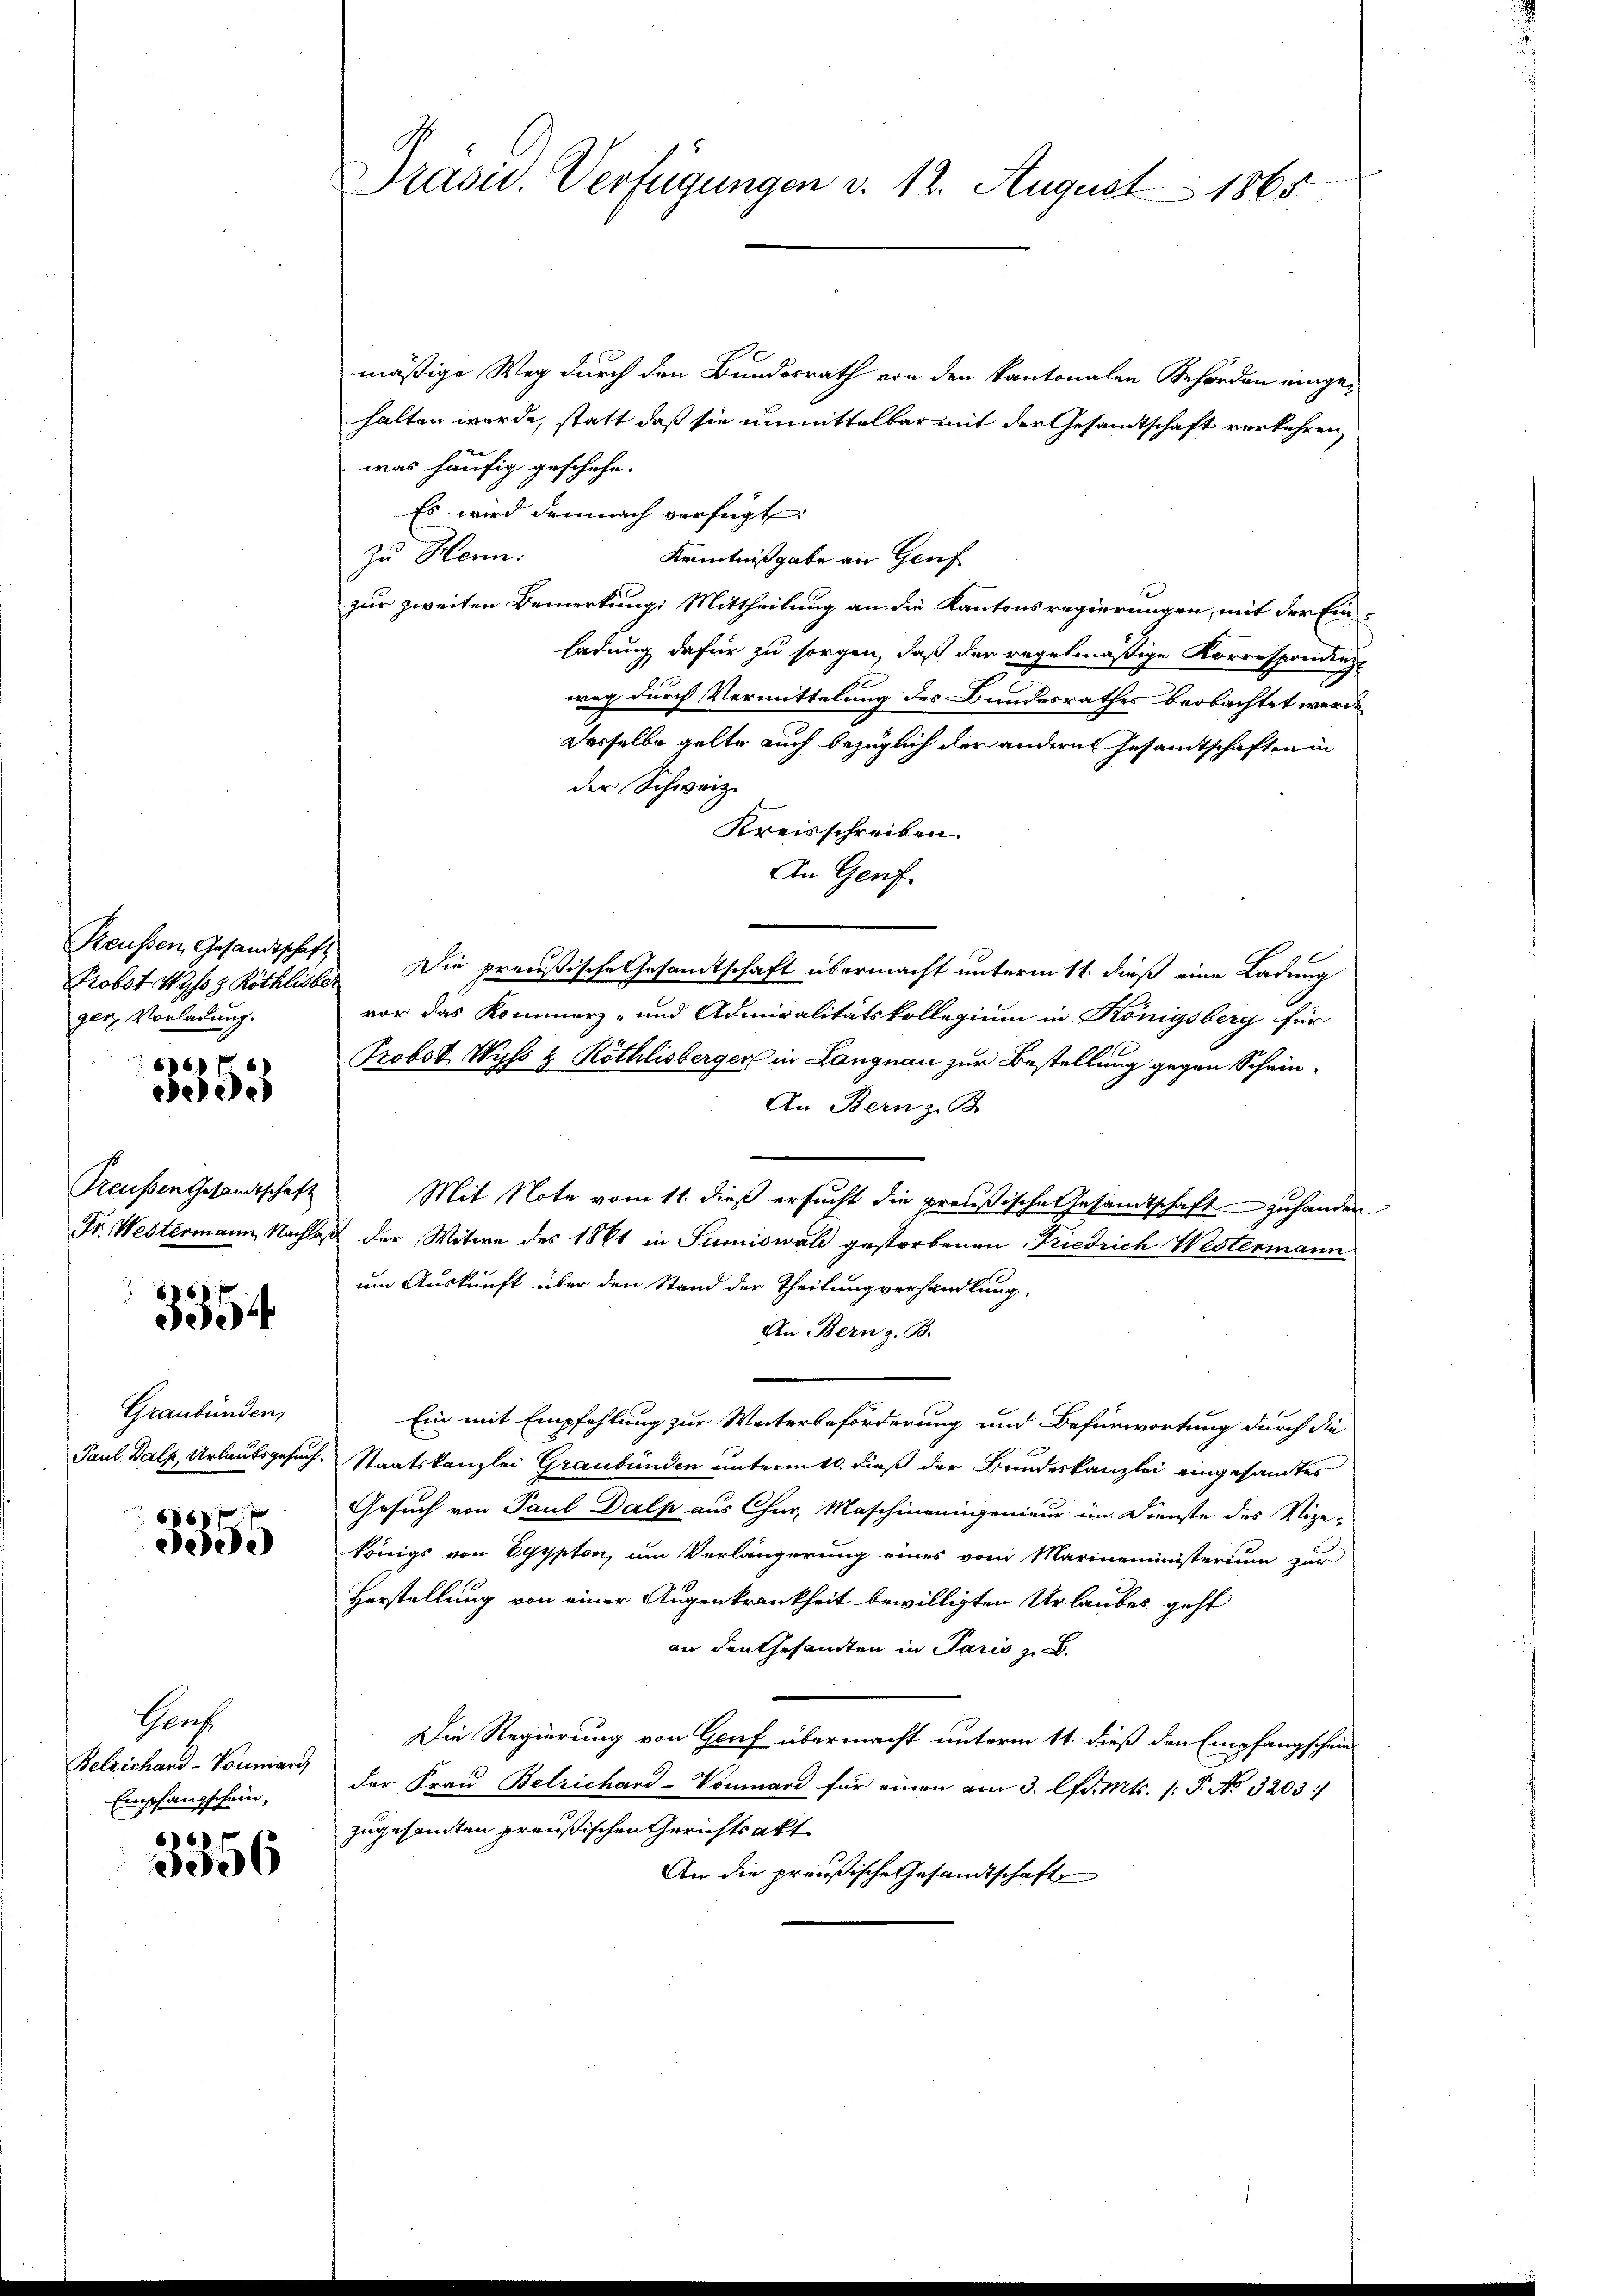
Probst Wyss z. Röthlisber
ger Vorladung.

560
e

Preußen Gesandtschaft

3354

Graubünden,
Paul Dalp, Urlaubsgesuch.

6869
0)

Prach
Belrichard-Voumar
Empfangschein,

3356

Präsid. Verfügungen d. 12. August 1865

mäßige Weg durch den Bundesrath von den kantonalen Behörden eingehalten werde, statt daß sie unmittelbar mit der Gesandtschaft verkehren,
was häufig geschehe.
Es wird demnach verfügt:
zu Henn:
Kenntnißgabe an Genf
zur zweiten Bemerkung: Mittheilung an die Kantonsregierungen, mit der Einladung dafür zu sorgen, daß der regelmäßige Korresponding
weg durch Vermittelung des Bundesrathes beobachtet werde
derselbe gelte auch bezüglich der andern Gesamtschaften in
der Schweiz.
Kreisschreiben.
In Genf.
Steusen, Gesandtschaft Die preußische Gesamtschaft übermacht unterm 11. dieß eine Ladung
vor das Kommerz- und Admiralitätskollegium in Königsberg für
Probst Wyss & Röthlisberger in Langnau zur Bestellung gegen Schein¬
An Bern z. B.
Mit Note vom 11. dieß ersucht die preußische Gesandtschaft zu hander
Fr. Westermann, Nachlaß der Witwe des 1861 in Sumiswald gestorbenen Friedrich Westermann
um Auskunft über den Stand der Theilung verhandlung,
An Bern z. B.
Ein mit Empfehlung zur Weiterbeförderung und Befürwortung durch die
Staatskanzlei Graubünden unterm 10. dieß der Bundeskanzlei eingesamtes
Gesuch von Paul Dalp aus Chur Maschineningenieur im Dienste des Vize-
königs von Egypten, um Verlängerung eines vom Marineministerium zur
Herstellung von einer Augenkrankheit bewilligten Urlaubes geht
an den Gesandten in Paris zu
Die Regierung von Genf übermacht unterm 11. dieß den Empfangscheinder Frau Betrichard-Vommand für einen am 3. Amts. (T. No. 3203
zugesamten preußischen Gerichtsakt
An die preußische Gesandtschaft